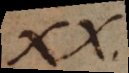
XX.